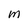
Character: M